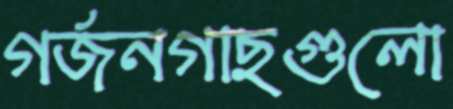
গর্জনগাছগুলো